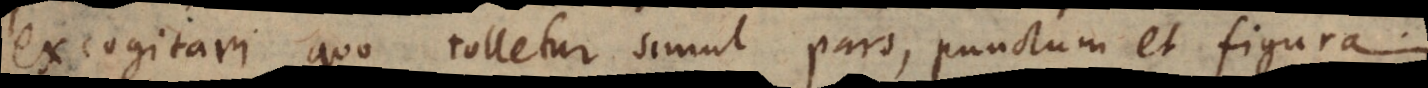
excogitari, quo tolletur simul pars, punctum et figura.